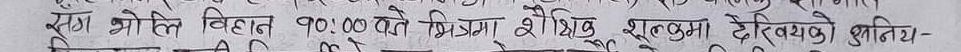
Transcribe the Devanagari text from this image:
रेखा झोसि विहान १०:०० बजे प्रिश्मा शैक्षिक शुल्कमा देखियको द्वितीय-